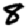
Digit: 8